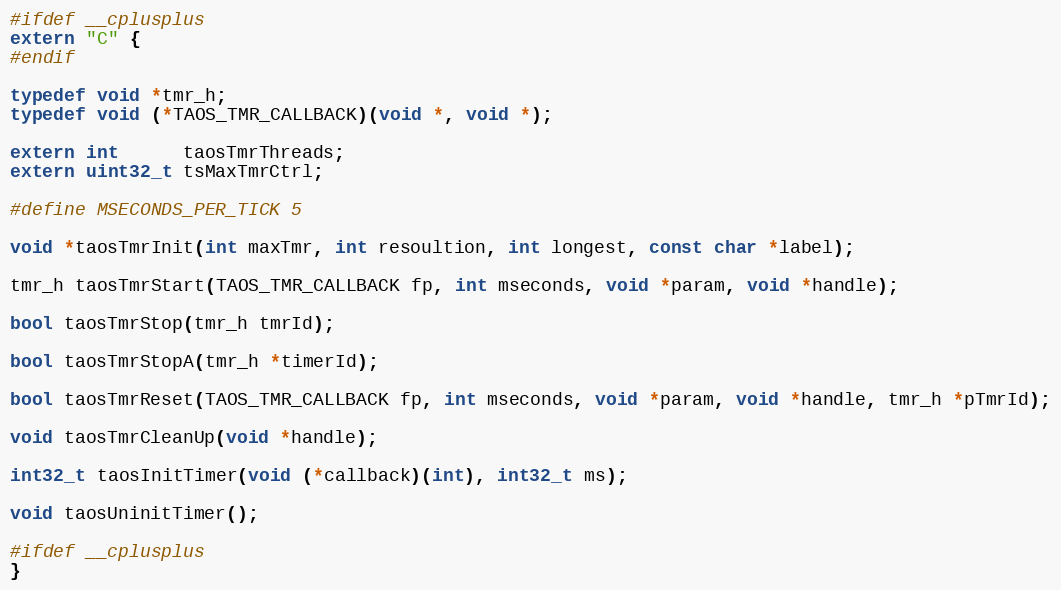
Language: C
#ifdef __cplusplus
extern "C" {
#endif

typedef void *tmr_h;
typedef void (*TAOS_TMR_CALLBACK)(void *, void *);

extern int      taosTmrThreads;
extern uint32_t tsMaxTmrCtrl;

#define MSECONDS_PER_TICK 5

void *taosTmrInit(int maxTmr, int resoultion, int longest, const char *label);

tmr_h taosTmrStart(TAOS_TMR_CALLBACK fp, int mseconds, void *param, void *handle);

bool taosTmrStop(tmr_h tmrId);

bool taosTmrStopA(tmr_h *timerId);

bool taosTmrReset(TAOS_TMR_CALLBACK fp, int mseconds, void *param, void *handle, tmr_h *pTmrId);

void taosTmrCleanUp(void *handle);

int32_t taosInitTimer(void (*callback)(int), int32_t ms);

void taosUninitTimer();

#ifdef __cplusplus
}